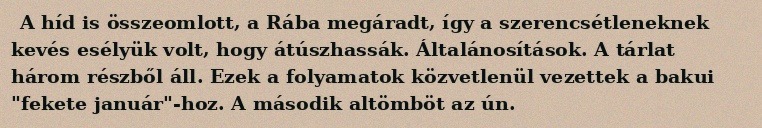
A híd is összeomlott, a Rába megáradt, így a szerencsétleneknek kevés esélyük volt, hogy átúszhassák. Általánosítások. A tárlat három részből áll. Ezek a folyamatok közvetlenül vezettek a bakui "fekete január"-hoz. A második altömböt az ún.